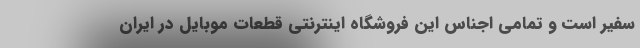
سفیر است و تمامی اجناس این فروشگاه اینترنتی قطعات موبایل در ایران